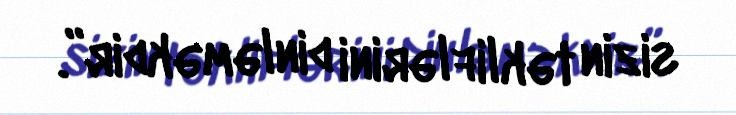
sizin təkliflərini dinləməkdir”.